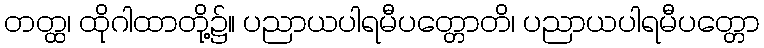
တတ္ထ၊ ထိုဂါထာတို့၌။ ပညာယပါရမီပတ္တောတိ၊ ပညာယပါရမီပတ္တော